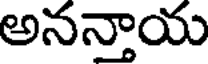
అనన్తాయ